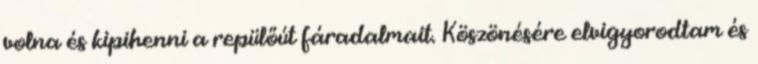
volna és kipihenni a repülőút fáradalmait. Köszönésére elvigyorodtam és